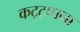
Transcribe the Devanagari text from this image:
कट्ट्प्पना